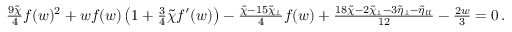
\begin{array} { r } { \frac { 9 \tilde { \chi } } { 4 } f ( w ) ^ { 2 } + w f ( w ) \left( 1 + \frac { 3 } { 4 } \tilde { \chi } f ^ { \prime } ( w ) \right) - \frac { \tilde { \chi } - 1 5 \tilde { \chi } _ { \perp } } { 4 } f ( w ) + \frac { 1 8 \tilde { \chi } - 2 \tilde { \chi } _ { \perp } - 3 \tilde { \eta } _ { \perp } - \tilde { \eta } _ { l l } } { 1 2 } - \frac { 2 w } { 3 } = 0 \, . } \end{array}